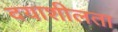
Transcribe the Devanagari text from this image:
दयाशीलता